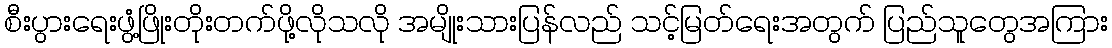
စီးပွားရေးဖွံ့ဖြိုးတိုးတက်ဖို့လိုသလို အမျိုးသားပြန်လည် သင့်မြတ်ရေးအတွက် ပြည်သူတွေအကြား